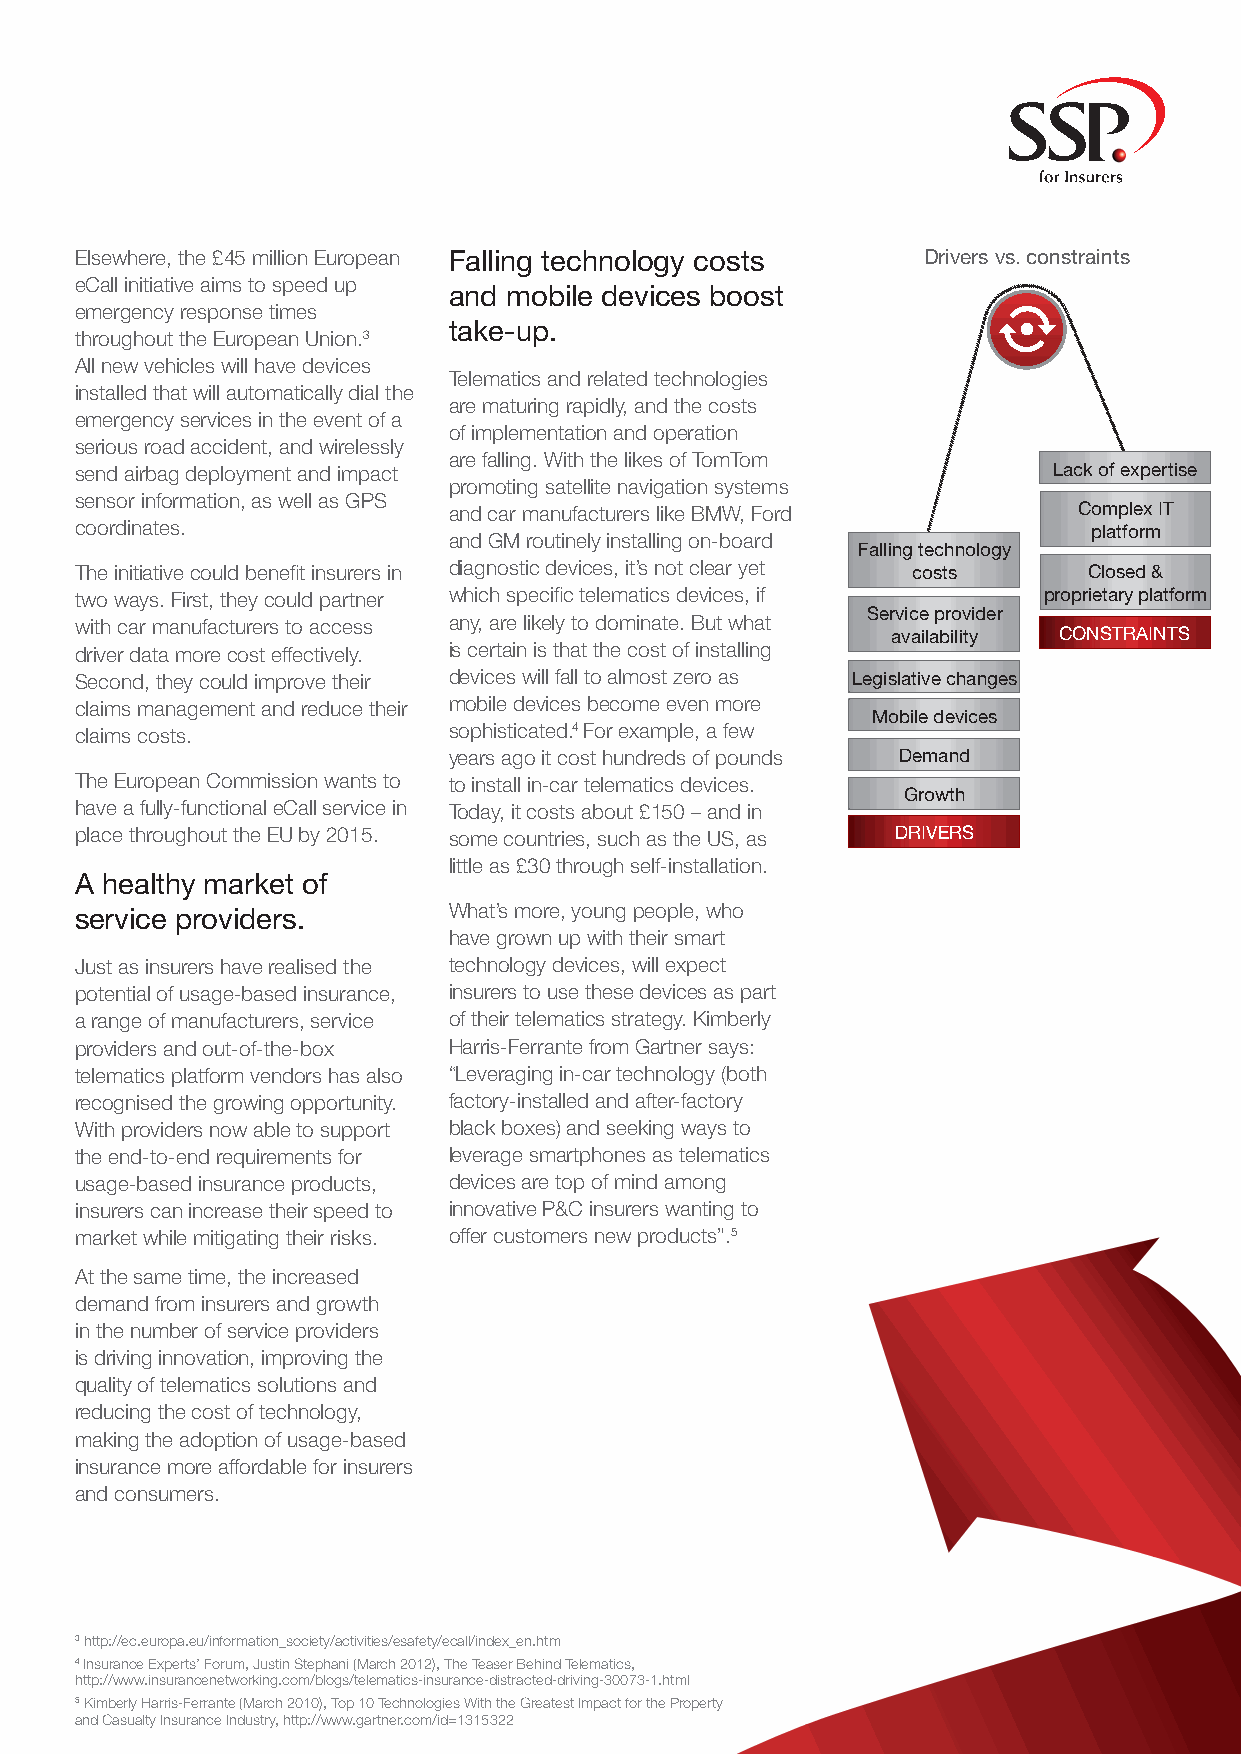
Elsewhere, the £45 million European Falling technology costs Drivers vs. constraints
 eCall initiative aims to speed up
 and mobile devices boost
 emergency response times
 take-up.
 throughout the European Union.3
 All new vehicles will have devices
 Telematics and related technologies
 installed that will automatically dial the
 are maturing rapidly, and the costs
 emergency services in the event of a
 of implementation and operation
 serious road accident, and wirelessly
 are falling. With the likes of TomTom
 send airbag deployment and impact                                Lack of expertise
 promoting satellite navigation systems
 sensor information, as well as GPS
 and car manufacturers like BMW, Ford     Complex IT
 coordinates.                                                       platform
 and GM routinely installing on-board
 Falling technology
 The initiative could benefit insurers in diagnostic devices, it’s not clear yet costs Closed &
 two ways. First, they could partner which specific telematics devices, if proprietary platform
 Service provider
 with car manufacturers to access any, are likely to dominate. But what
 availability CONSTRAINTS
 driver data more cost effectively. is certain is that the cost of installing
 Second, they could improve their devices will fall to almost zero as Legislative changes
 claims management and reduce their mobile devices become even more
 Mobile devices
 claims costs.            sophisticated.4 For example, a few
 years ago it cost hundreds of pounds Demand
 The European Commission wants to to install in-car telematics devices.
 Growth
 have a fully-functional eCall service in Today, it costs about £150 – and in
 place throughout the EU by 2015. some countries, such as the US, as DRIVERS
 little as £30 through self-installation.
 A healthy market of
 service providers.       What’s more, young people, who
 have grown up with their smart
 Just as insurers have realised the technology devices, will expect
 potential of usage-based insurance, insurers to use these devices as part
 a range of manufacturers, service of their telematics strategy. Kimberly
 providers and out-of-the-box Harris-Ferrante from Gartner says:
 telematics platform vendors has also “Leveraging in-car technology (both
 recognised the growing opportunity. factory-installed and after-factory
 With providers now able to support black boxes) and seeking ways to
 the end-to-end requirements for leverage smartphones as telematics
 usage-based insurance products, devices are top of mind among
 insurers can increase their speed to innovative P&C insurers wanting to
 market while mitigating their risks. offer customers new products”.5
 At the same time, the increased
 demand from insurers and growth
 in the number of service providers
 is driving innovation, improving the
 quality of telematics solutions and
 reducing the cost of technology,
 making the adoption of usage-based
 insurance more affordable for insurers
 and consumers.
 3 http://ec.europa.eu/information_society/activities/esafety/ecall/index_en.htm
 4 Insurance Experts’ Forum, Justin Stephani (March 2012), The Teaser Behind Telematics,
 http://www.insurancenetworking.com/blogs/telematics-insurance-distracted-driving-30073-1.html
 5 Kimberly Harris-Ferrante (March 2010), Top 10 Technologies With the Greatest Impact for the Property
 and Casualty Insurance Industry, http://www.gartner.com/id=1315322